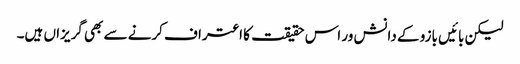
لیکن بائیں بازو کے دانش ور اس حقیقت کا اعتراف کرنے سے بھی گریزاں ہیں۔